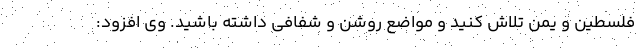
فلسطین و یمن تلاش کنید و مواضع روشن و شفافی داشته باشید. وی افزود: